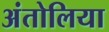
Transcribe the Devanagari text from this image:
अंतोलिया